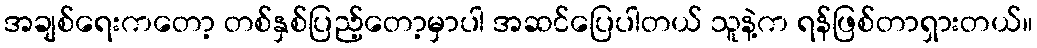
အချစ်ရေးကတော့ တစ်နှစ်ပြည့်တော့မှာပါ အဆင်ပြေပါတယ် သူနဲ့က ရန်ဖြစ်တာရှားတယ်။